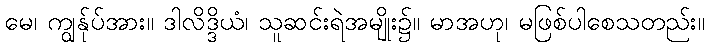
မေ၊ ကျွန်ုပ်အား။ ဒါလိဒ္ဒိယံ၊ သူဆင်းရဲအမျိုး၌။ မာအဟု၊ မဖြစ်ပါစေသတည်း။